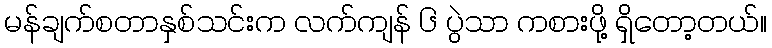
မန်ချက်စတာနှစ်သင်းက လက်ကျန် ၆ ပွဲသာ ကစားဖို့ ရှိတော့တယ်။